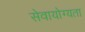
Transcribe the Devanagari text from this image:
सेवायोग्यता